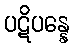
ပဋိပန္နေ